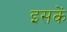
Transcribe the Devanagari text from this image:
इसकें